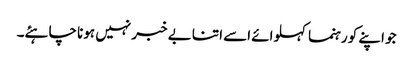
جو اپنے کو رہنما کہلوائے اسے اتنا بے خبر نہیں ہونا چاہئے۔